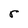
Character: r